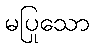
မပြုသော